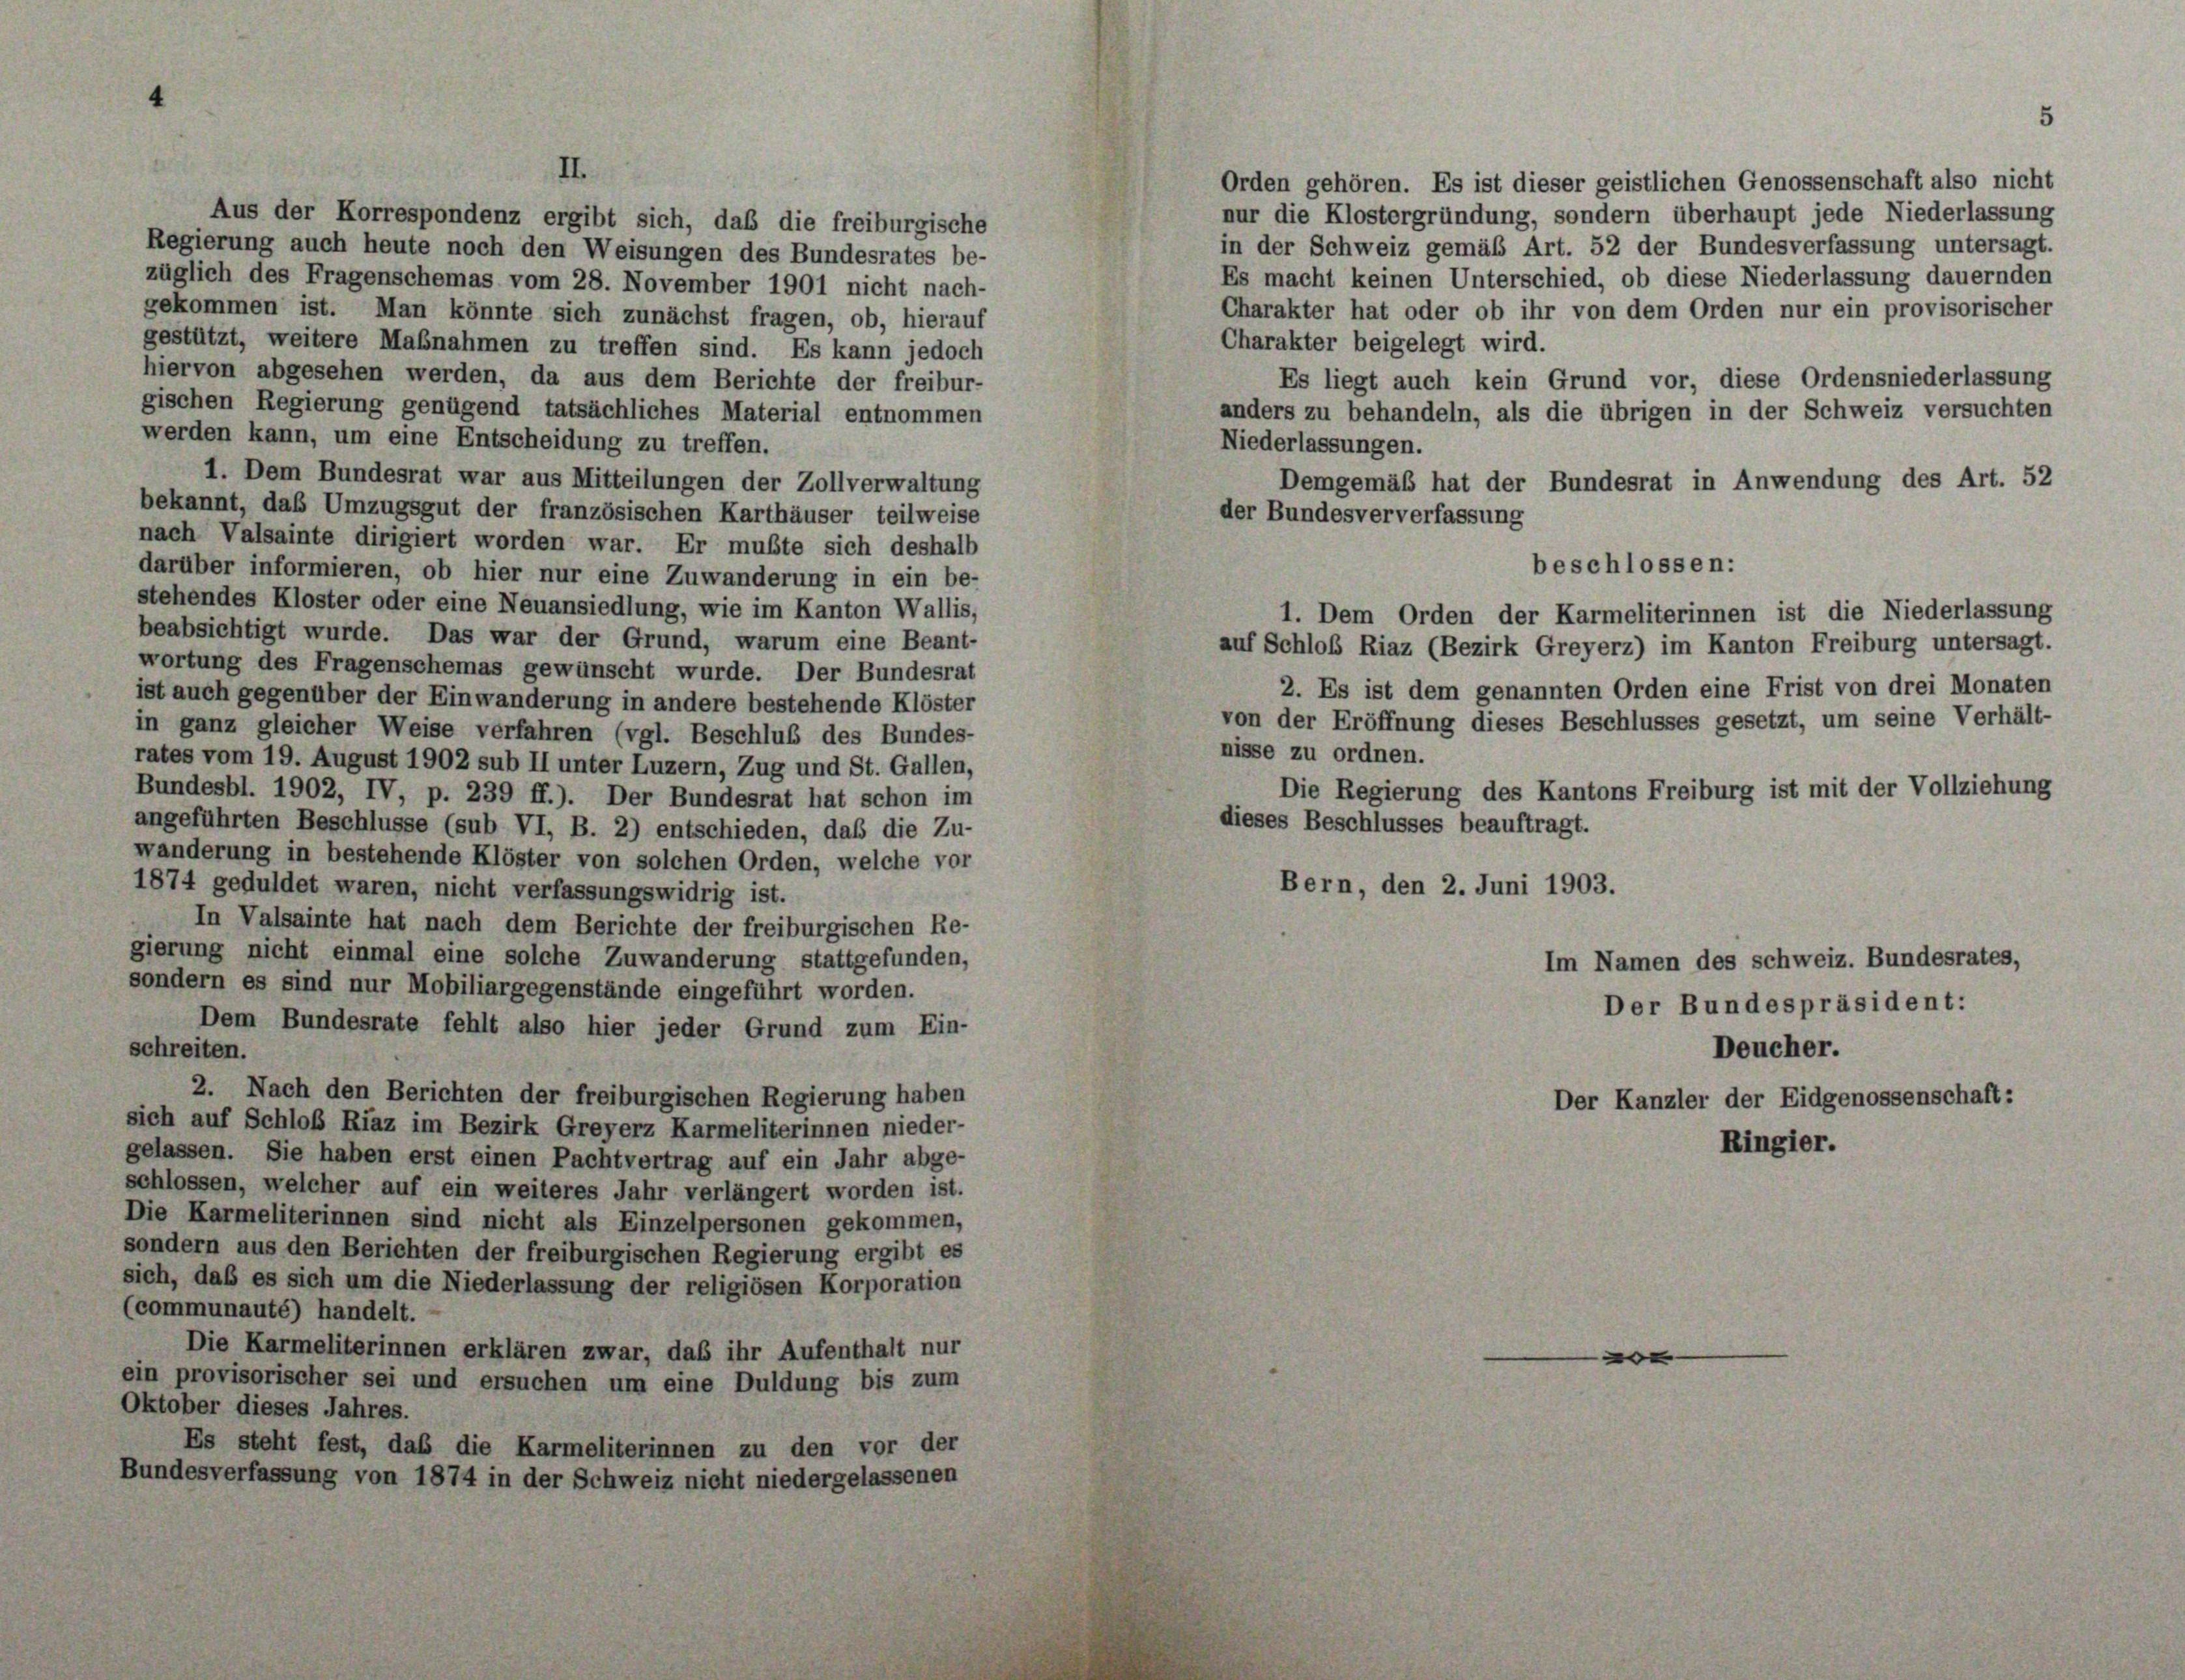
Orden gehören. Es ist dieser geistlichen Genossenschaft also nicht
nur die Klostergründung, sondern überhaupt jede Niederlassung
Aus der Korrespondenz ergibt sich, das die freiburgische
in der Schweiz gemäß Art. 52 der Bundesverfassung untersagt.
Regierung auch heute noch den Weisungen des Bundesrates be-
Es macht keinen Unterschied, ob diese Niederlassung dauernden
züglich des Fragenschemas vom 28. November 1901 nicht nach-
Charakter hat oder ob ihr von dem Orden nur ein provisorischer
gekommen ist. Man könnte sich zunächst fragen, ob, hierauf
Charakter beigelegt wird.
gestützt, weitere Maßnahmen zu treffen sind. Es kann jedoch
hiervon abgesehen werden, da aus dem Berichte der freibur-
Es liegt auch kein Grund vor, diese Ordensniederlassung
gischen Regierung genügend tatsächliches Material entnommen
anders zu behandeln, als die übrigen in der Schweiz versuchten
werden kann, um eine Entscheidung zu treffen.
Niederlassungen.
1. Dem Bundesrat war aus Mitteilungen der Zollverwaltung
Demgemäß hat der Bundesrat in Anwendung des Art. 52
bekannt, das Umzugsgut der französischen Karthäuser teilweise
der Bundesververfassung
nach Valsainte dirigiert worden war. Er mußte sich deshalb
darüber informieren, ob hier nur eine Zuwanderung in ein be-
stehendes Kloster oder eine Neuansiedlung, wie im Kanton Wallis,
1. Dem Orden der Karmeliterinnen ist die Niederlassung
beabsichtigt wurde. Das war der Grund, warum eine Beant-
auf Schloß Riaz (Bezirk Greyerz) im Kanton Freiburg untersagt.
wortung des Fragenschemas gewünscht wurde. Der Bundesrat
2. Es ist dem genannten Orden eine Frist von drei Monaten
ist auch gegenüber der Einwanderung in andere bestehende Klöster
von der Eröffnung dieses Beschlusses gesetzt, um seine Verhält-
in ganz gleicher Weise verfahren (vgl. Beschluß des Bundes-
nisse zu ordnen.
rates vom 19. August 1902 sub II unter Luzern, Zug und St. Gallen,
Die Regierung des Kantons Freiburg ist mit der Vollziehung
Bundesbl. 1902, IV, p. 239 ff.). Der Bundesrat hat schon im
dieses Beschlusses beauftragt.
angeführten Beschlüsse (sub VI, B. 2) entschieden, daß die Zu-
wänderung in bestehende Klöster von solchen Orden, welche vor
Bern, den 2. Juni 1903.
1874 geduldet waren, nicht verfassungswidrig ist.
In Valsainte hat nach dem Berichte der freiburgischen Re-
gierung nicht einmal eine solche Zuwanderung stattgefunden,
Im Namen des schweiz. Bundesrates,
sondern es sind nur Mobiliargegenstände eingeführt worden.
Der Bundespräsident:
Dem Bundesrate fehlt also hier jeder Grund zum Ein-
schreiten.
Deucher.
2. Nach den Berichten der freiburgischen Regierung haben
Der Kanzler der Eidgenossenschaft:
sich auf Schloß Riaz im Bezirk Greyerz Karmeliterinnen nieder-
Ringier.
gelassen. Sie haben erst einen Pachtvertrag auf ein Jahr abge-
schlossen, welcher auf ein weiteres Jahr verlängert worden ist.
Die Karmeliterinnen sind nicht als Einzelpersonen gekommen,
sondern aus den Berichten der freiburgischen Regierung ergibt es
sich, daß es sich um die Niederlassung der religiösen Korporation
(communauté) handelt.
Die Karmeliterinnen erklären zwar, daß ihr Aufenthalt nur
e
ein provisorischer sei und ersuchen um eine Duldung bis zum
Oktober dieses Jahres.
Es steht fest, daß die Karmeliterinnen zu den vor der
Bundesverfassung von 1874 in der Schweiz nicht niedergelassenen

beschlossen: